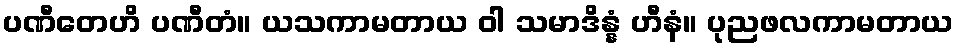
ပဏီတေဟိ ပဏီတံ။ ယသကာမတာယ ဝါ သမာဒိန္နံ ဟီနံ။ ပုညဖလကာမတာယ